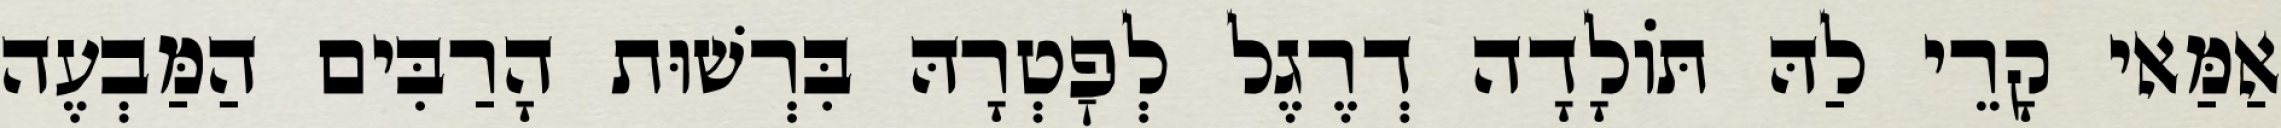
אַמַּאי קָרֵי לַהּ תּוֹלָדָה דְרֶגֶל לְפׇטְרָהּ בִּרְשׁוּת הָרַבִּים הַמַּבְעֶה